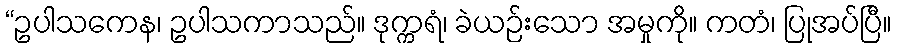
“ဥပါသကေန၊ ဥပါသကာသည်။ ဒုက္ကရံ၊ ခဲယဉ်းသော အမှုကို။ ကတံ၊ ပြုအပ်ပြီ။